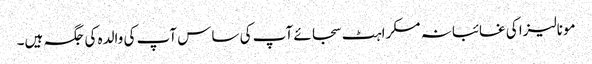
مونالیزا کی غائبانہ مسکراہٹ سجائے آپ کی ساس آپ کی والدہ کی جگہ ہیں۔